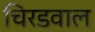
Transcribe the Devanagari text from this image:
चिरडवाल